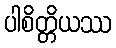
ပါစိတ္တိယဿ